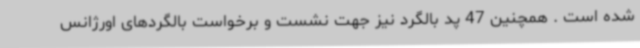
شده است . همچنین 47 پد بالگرد نیز جهت نشست و برخواست بالگردهای اورژانس